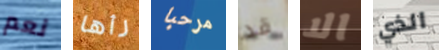
نعم رأها مرحبا قد الا الذي